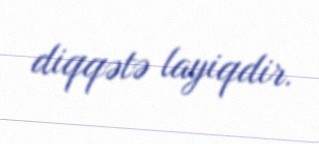
diqqətə layiqdir.